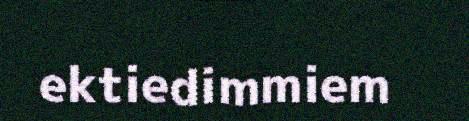
ektiedimmiem